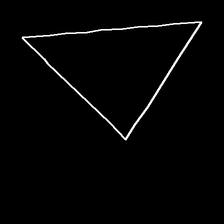
Glyph: convergence